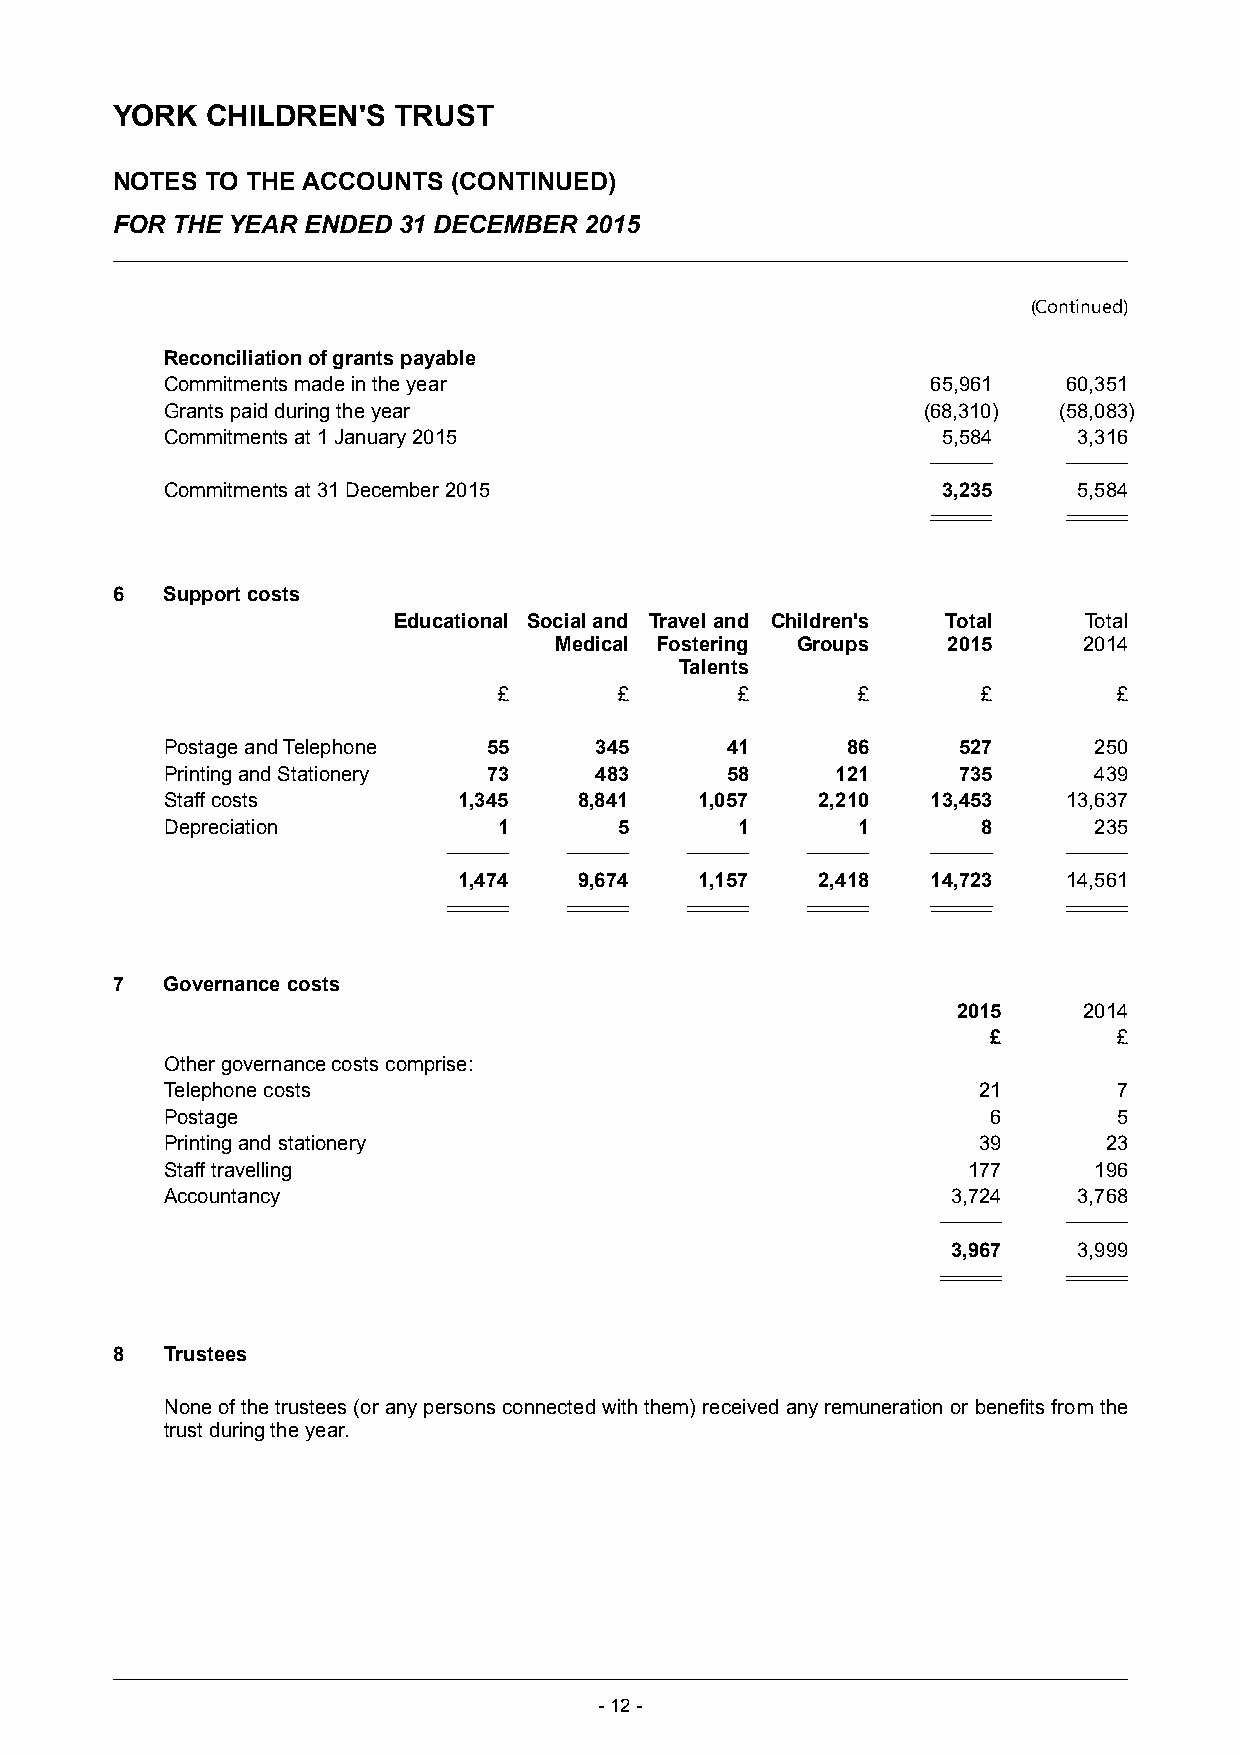
YORK   CHILDREN'S  TRUST
 NOTES  TO THE ACCOUNTS (CONTINUED)
 FOR THE YEAR ENDED 31 DECEMBER  2015
 (Continued)
 Reconciliation of grants payable
 Commitments made in the year                       65,961   60,351
 Grants paid during the year                       (68,310) (58,083)
 Commitments at 1 January 2015                      5,584    3,316
 Commitments at 31 December 2015                    3,235    5,584
 6   Support costs
 Educational Social and Travel and Children's Total Total
 Medical Fostering Groups  2015     2014
 Talents
 £       £       £       £       £        £
 Postage and Telephone 55    345      41      86     527      250
 Printing and Stationery 73  483      58     121     735      439
 Staff costs        1,345   8,841   1,057   2,210   13,453   13,637
 Depreciation          1       5       1       1       8      235
 1,474   9,674   1,157   2,418   14,723   14,561
 7   Governance costs
 2015     2014
 £       £
 Other governance costs comprise:
 Telephone costs                                       21       7
 Postage                                                6       5
 Printing and stationery                               39      23
 Staff travelling                                     177     196
 Accountancy                                         3,724   3,768
 3,967   3,999
 8   Trustees
 None of the trustees (or any persons connected with them) received any remuneration or benefits from the
 trust during the year.
 -12 -